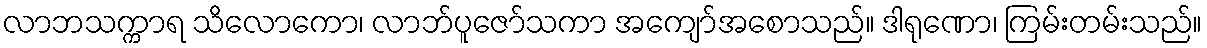
လာဘသက္ကာရ သိလောကော၊ လာဘ်ပူဇော်သကာ အကျော်အစောသည်။ ဒါရုဏော၊ ကြမ်းတမ်းသည်။